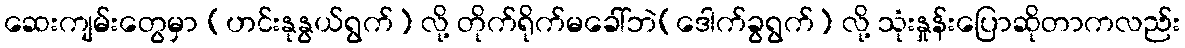
ဆေးကျမ်းတွေမှာ (ဟင်းနုနွယ်ရွက်) လို့ တိုက်ရိုက်မခေါ်ဘဲ(ဒေါက်ခွရွက်) လို့ သုံးနှုန်းပြောဆိုတာကလည်း